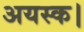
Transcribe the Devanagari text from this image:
अयस्क।